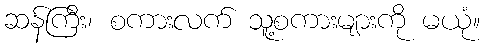
ဆန်ကြီး၊ စကားလက် သူ့စကားများကို မယုံ။